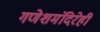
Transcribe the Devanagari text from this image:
गणेशमंदिरेही